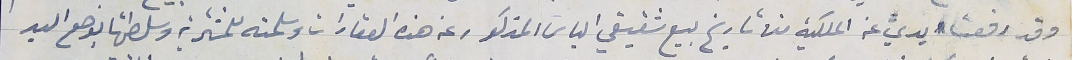
وقد رفعت يديَّ عن الملكية من تاريخ بيع شقيقي الياس المذكور عن هذه العقارات وسلمته للمشترية وسلطتها بوضع اليد